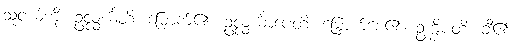
သူငယ်ကို။ ဥလ္လင်္ဃတိ၊ မြှောက်၏။ ဥလ္လင်္ဃာပေတိ၊ မြှောက်စေ၏။ ဥက္ခိပတိ၊ ချီ၏။